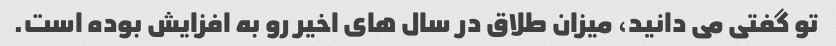
تو گفتی می دانید، میزان طلاق در سال های اخیر رو به افزایش بوده است.